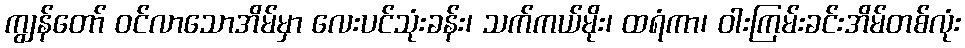
ကျွန်တော် ဝင်လာသောအိမ်မှာ လေးပင်သုံးခန်း၊ သက်ကယ်မိုး၊ ထရံကာ၊ ဝါးကြမ်းခင်းအိမ်တစ်လုံး